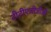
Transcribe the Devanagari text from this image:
टीटीएजीजीजी